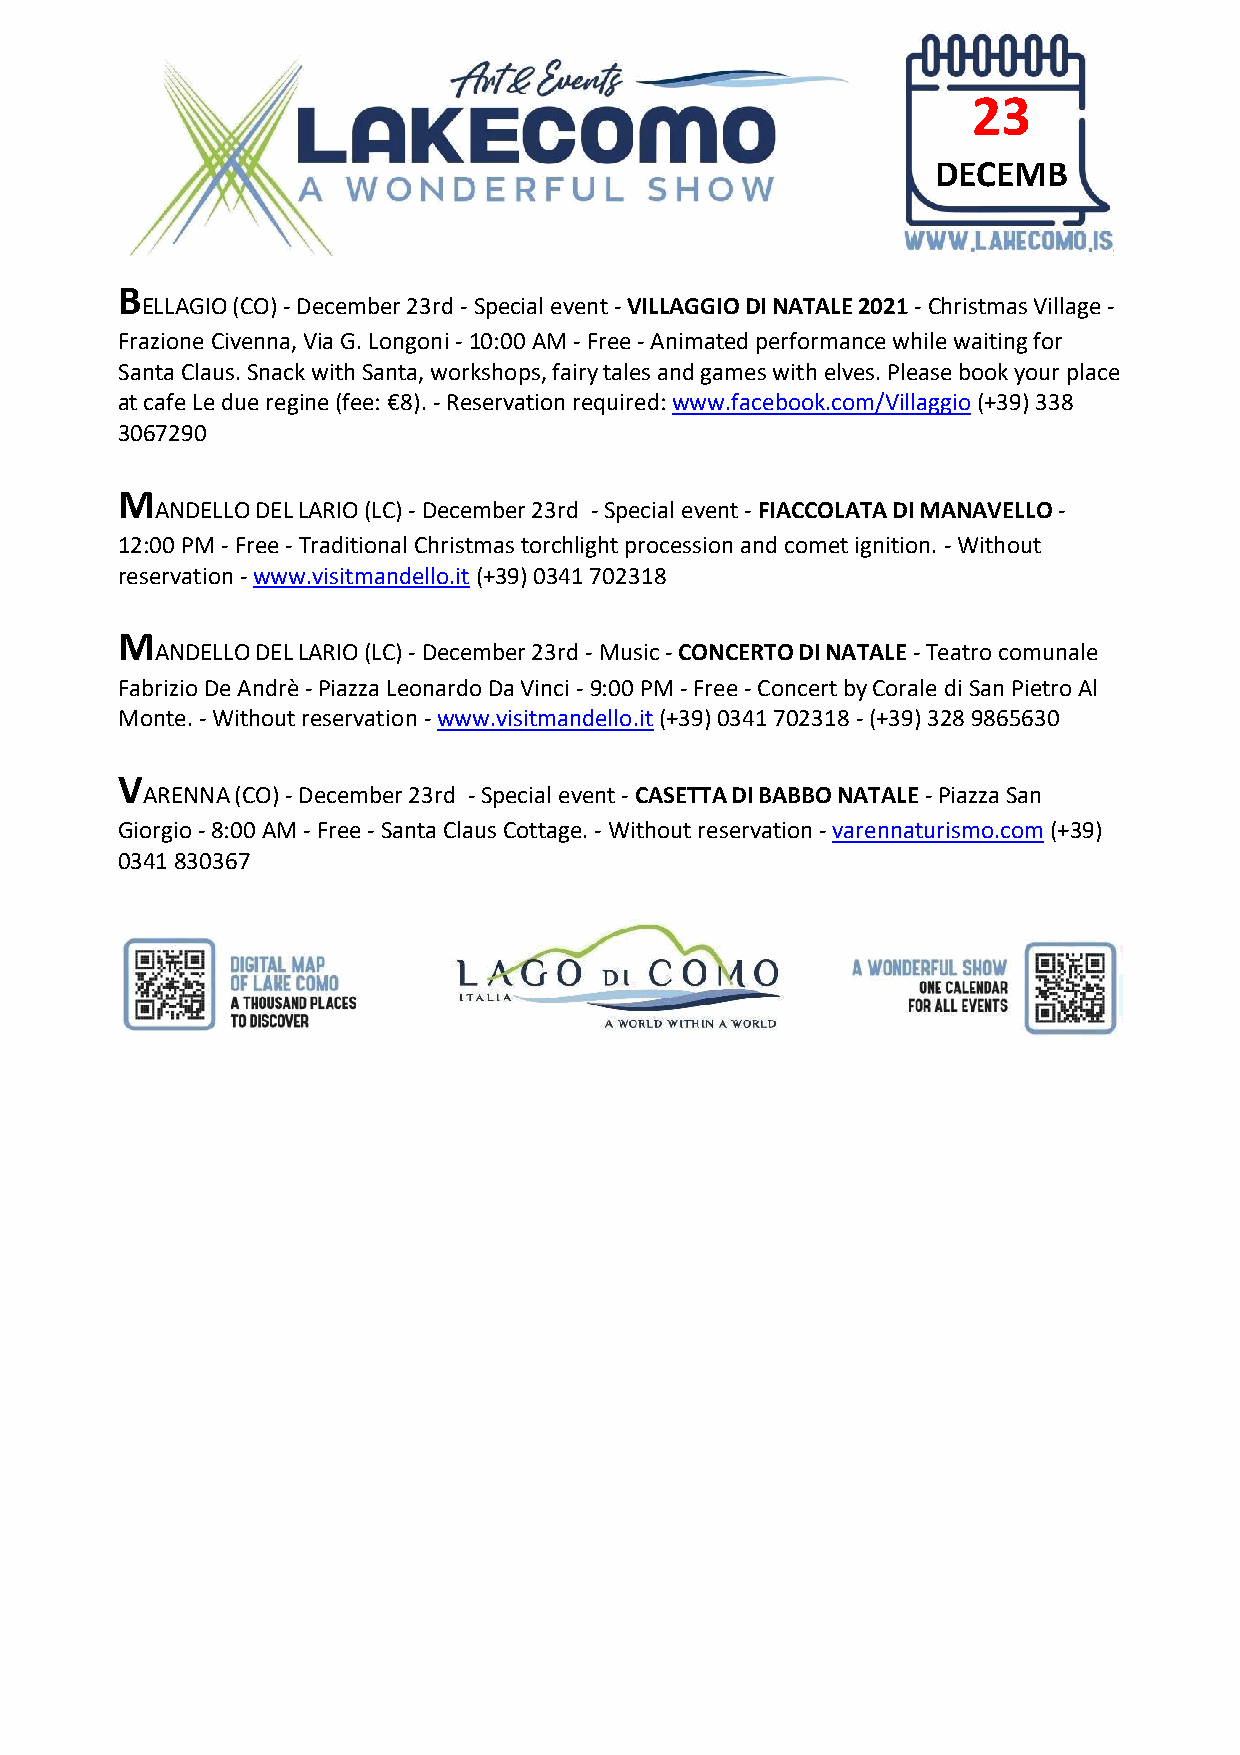
23
 DECEMB
 ER
 B
 ELLAGIO (CO) - December 23rd - Special event - VILLAGGIO DI NATALE 2021 - Christmas Village -
 Frazione Civenna, Via G. Longoni - 10:00 AM - Free - Animated performance while waiting for
 Santa Claus. Snack with Santa, workshops, fairy tales and games with elves. Please book your place
 at cafe Le due regine (fee: €8). - Reservation required: www.facebook.com/Villaggio (+39) 338
 3067290
 M
 ANDELLO DEL LARIO (LC) - December 23rd - Special event - FIACCOLATA DI MANAVELLO -
 12:00 PM - Free - Traditional Christmas torchlight procession and comet ignition. - Without
 reservation - www.visitmandello.it (+39) 0341 702318
 M
 ANDELLO DEL LARIO (LC) - December 23rd - Music - CONCERTO DI NATALE - Teatro comunale
 Fabrizio De Andrè - Piazza Leonardo Da Vinci - 9:00 PM - Free - Concert by Corale di San Pietro Al
 Monte. - Without reservation - www.visitmandello.it (+39) 0341 702318 - (+39) 328 9865630
 V
 ARENNA (CO) - December 23rd - Special event - CASETTA DI BABBO NATALE - Piazza San
 Giorgio - 8:00 AM - Free - Santa Claus Cottage. - Without reservation - varennaturismo.com (+39)
 0341 830367